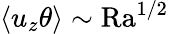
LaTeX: \left\langle u_{z}\theta\right\rangle\sim\mathrm{Ra}^{1/2}